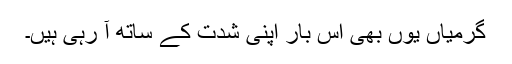
گرمیاں یوں بھی اس بار اپنی شدت کے ساتھ آ رہی ہیں۔